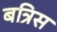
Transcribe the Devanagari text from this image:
बत्रिस